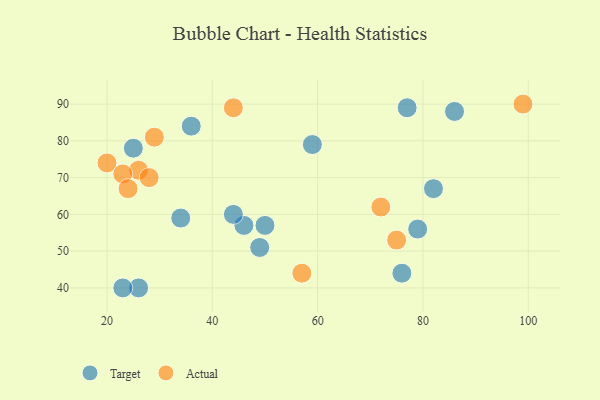
{"axis": {"x": "GDP", "y": "Life Expectancy"}, "legend": ["Actual", "Target"], "data": [{"x": "77", "y": 89, "type": "Target"}, {"x": "36", "y": 84, "type": "Target"}, {"x": "26", "y": 40, "type": "Target"}, {"x": "76", "y": 44, "type": "Target"}, {"x": "79", "y": 56, "type": "Target"}, {"x": "49", "y": 51, "type": "Target"}, {"x": "25", "y": 78, "type": "Target"}, {"x": "82", "y": 67, "type": "Target"}, {"x": "46", "y": 57, "type": "Target"}, {"x": "34", "y": 59, "type": "Target"}, {"x": "44", "y": 60, "type": "Target"}, {"x": "50", "y": 57, "type": "Target"}, {"x": "86", "y": 88, "type": "Target"}, {"x": "59", "y": 79, "type": "Target"}, {"x": "23", "y": 40, "type": "Target"}, {"x": "26", "y": 72, "type": "Actual"}, {"x": "57", "y": 44, "type": "Actual"}, {"x": "20", "y": 74, "type": "Actual"}, {"x": "29", "y": 81, "type": "Actual"}, {"x": "23", "y": 71, "type": "Actual"}, {"x": "44", "y": 89, "type": "Actual"}, {"x": "28", "y": 70, "type": "Actual"}, {"x": "24", "y": 67, "type": "Actual"}, {"x": "72", "y": 62, "type": "Actual"}, {"x": "75", "y": 53, "type": "Actual"}, {"x": "99", "y": 90, "type": "Actual"}]}